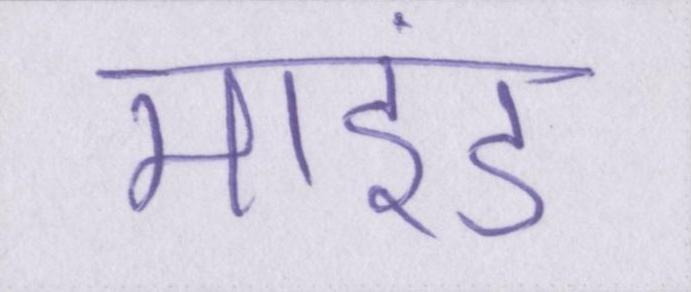
माइंड